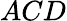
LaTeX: ACD